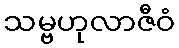
သမ္ဗဟုလာဇီဝံ